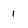
Character: 1